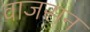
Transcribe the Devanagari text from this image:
वाजसन